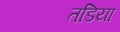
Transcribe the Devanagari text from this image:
तडिया